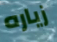
زياره